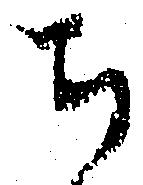
ち